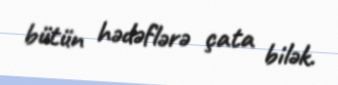
bütün hədəflərə çata bilək.